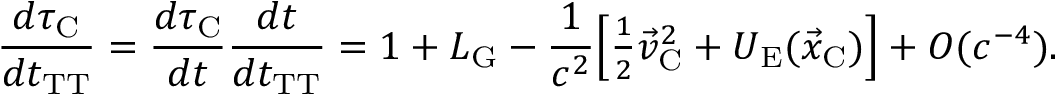
\frac { d \tau _ { \mathrm { C } } } { d t _ { \mathrm { T T } } } = \frac { d \tau _ { \mathrm { C } } } { d t } \frac { d t } { d t _ { \mathrm { T T } } } = 1 + L _ { \mathrm { G } } - \frac { 1 } { c ^ { 2 } } \Big [ { \textstyle \frac { 1 } { 2 } } { \vec { v } } _ { \mathrm { C } } ^ { 2 } + U _ { \mathrm { E } } ( { \vec { x } } _ { \mathrm { C } } ) \Big ] + { \cal O } ( c ^ { - 4 } ) .